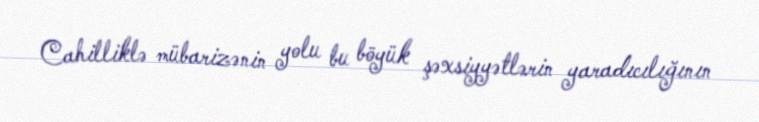
Cahilliklə mübarizənin yolu bu böyük şəxsiyyətlərin yaradıcılığının